Illuka_vallavalitsus, lk 24
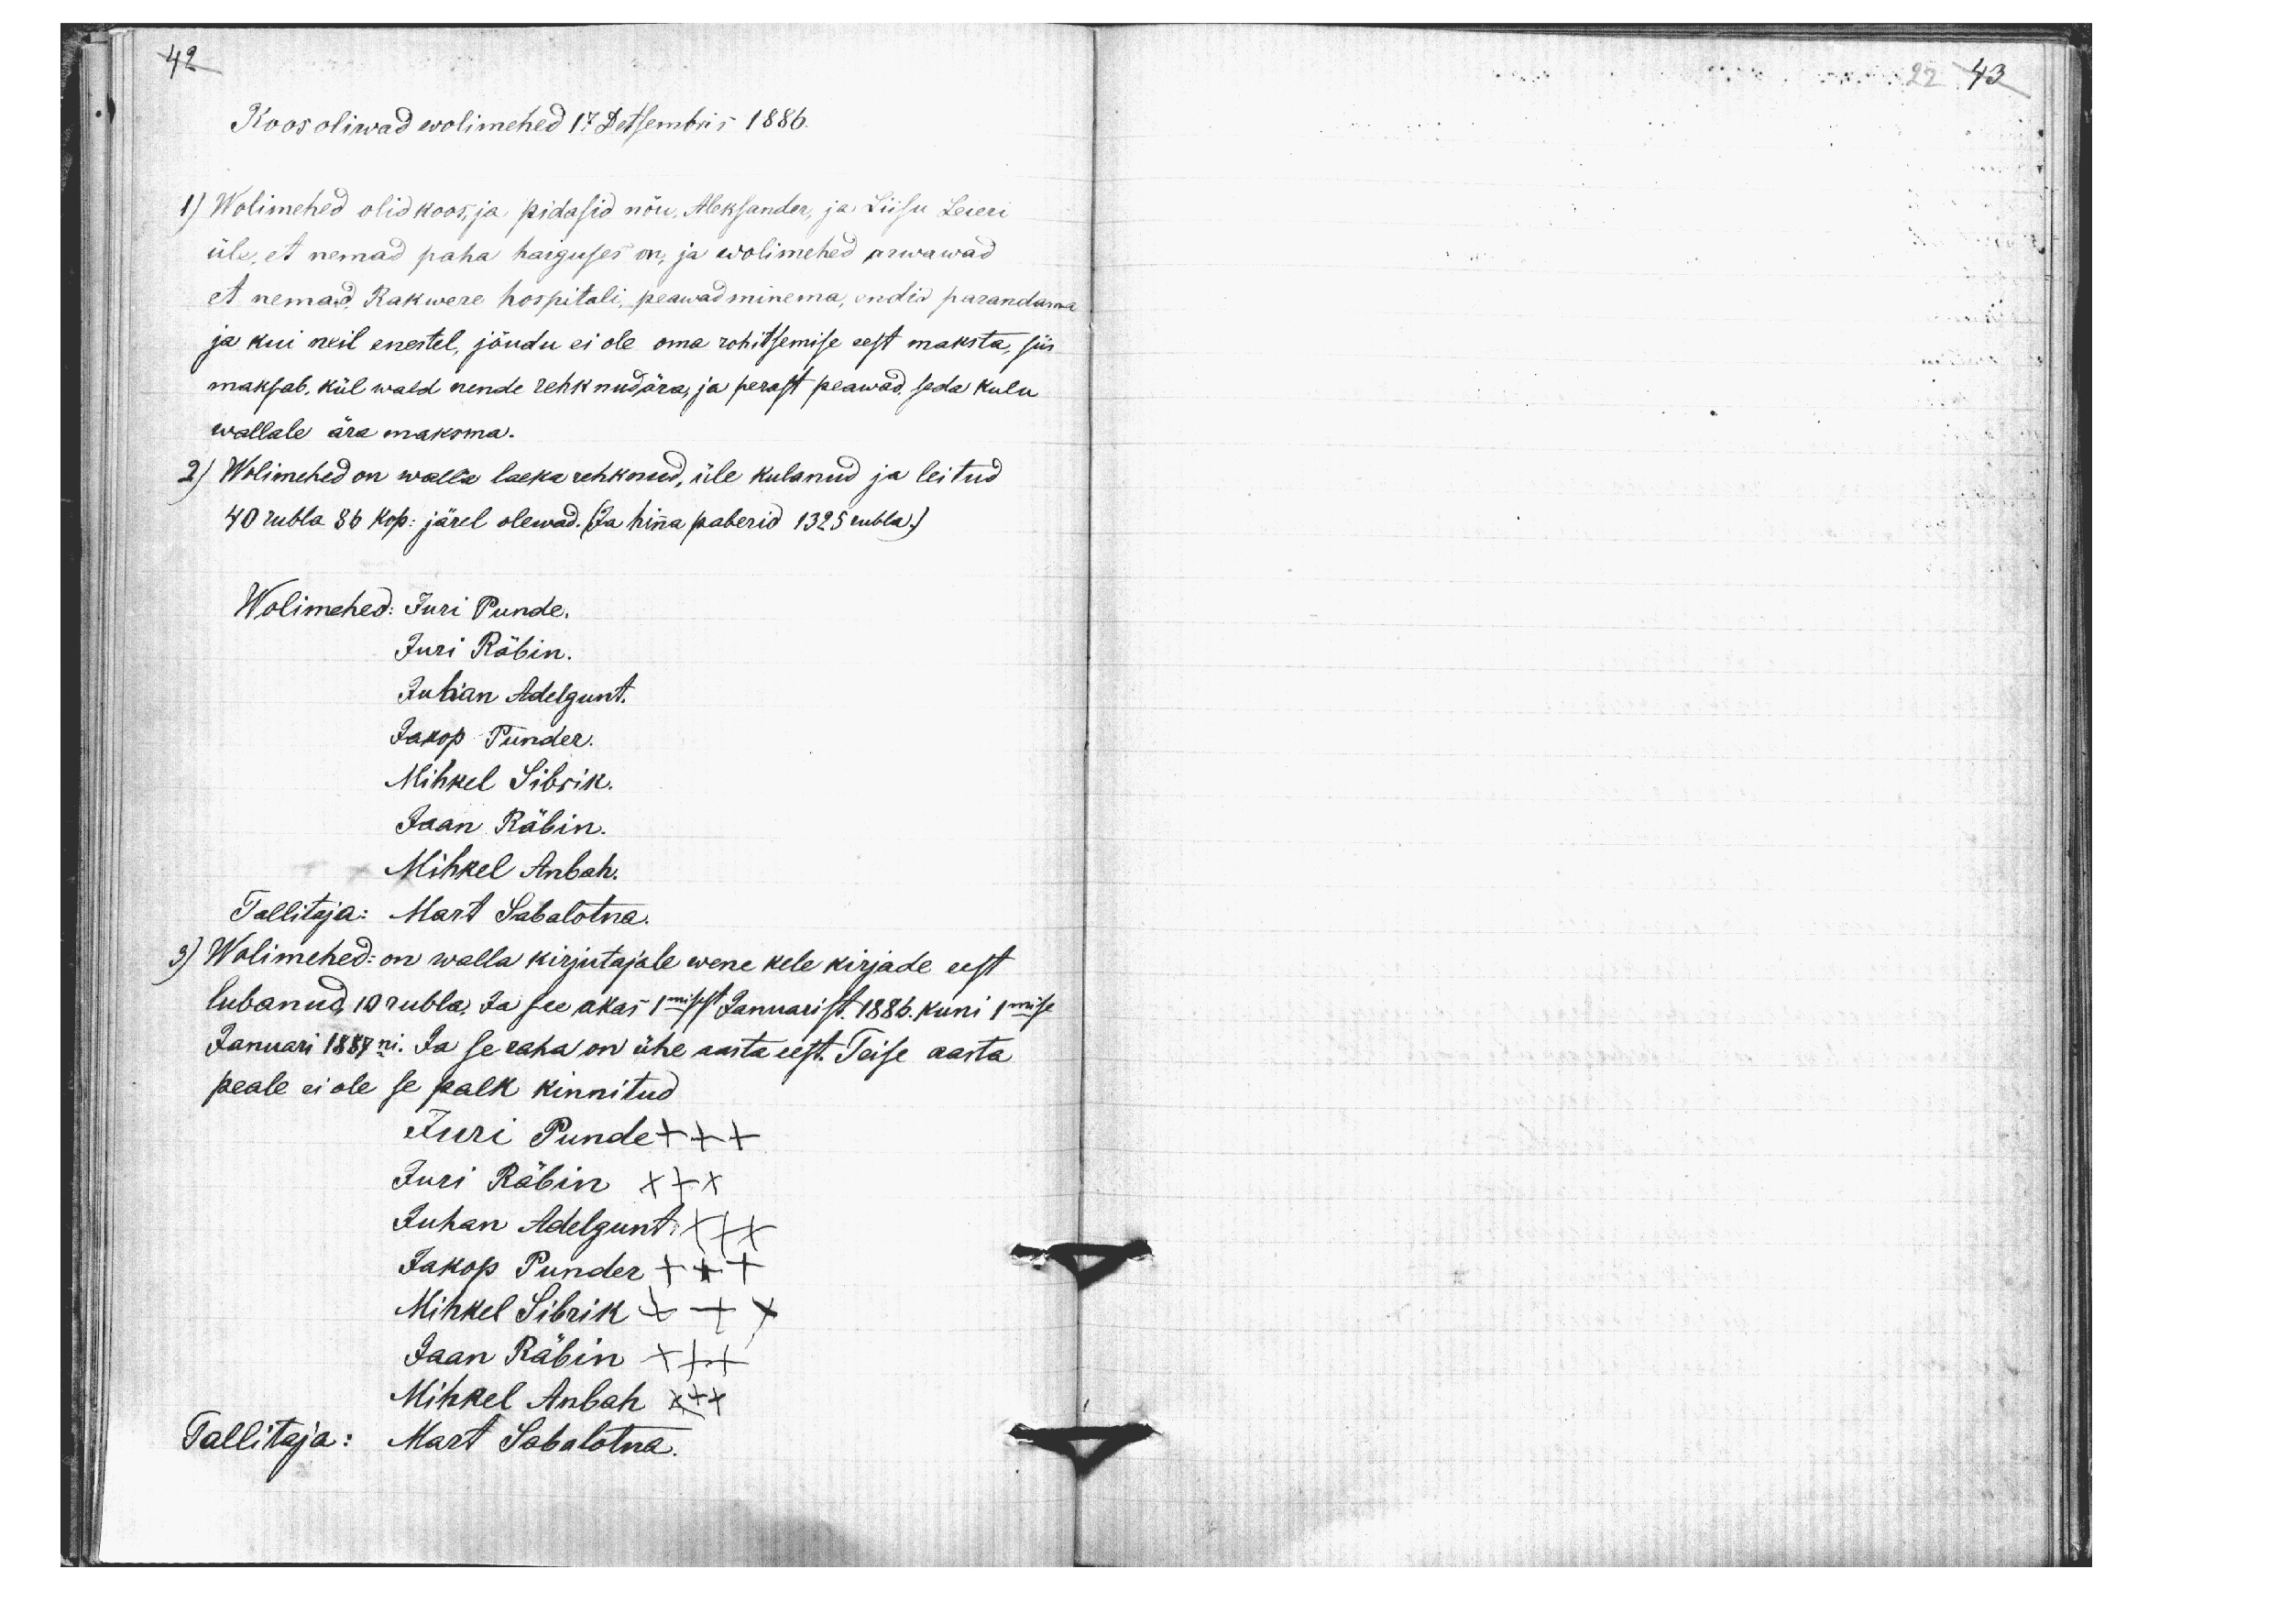
42
Koos oliwad wolimehed 17 Detsembris 1886.
1) Wolimehed olid koos, ja pidasid nõu, Aleksander, ja Liisu Leieri
üle, et nemad paha haiguses on, ja wolimehed arwawad
et nemad Rakwere hospitali, peawad minema, endid parandama
ja kui neil enestel, jõudu ei ole oma rohitsemise eest maksta, siis
maksab, kül wald nende rehknud ära, ja perast peawad, seda kulu
wallale ära maksma.
2) Wolimehed on walla laeka rehknud, üle kulanud ja leitud
40 rubla 86 kop: järel olewad. (Ja hinna paberid 1325 rubla.)
Wolimehed: Juri Punde.
Juri Räbin.
Juhan Adelgunt.
Jakop Punder.
Mihkel Sibrik
Jaan Räbin.
Mihkel Anbah.
Tallitaja: Mart Sabalotna.
3) Wolimehed: on walla kirjutajale wene kele kirjade eest
lubanud, 10 rubla. Ja see akas 1misest Januarist. 1886. kuni 1mise
Januari 1887ni. Ja se raha on ühe aasta eest. Teise aasta
peale ei ole se palk kinnitud
Juri Punde +++
Juri Räbin XXX
Juhan Adelgunt XXX
Jakop Punder +++
Mihkel Sibrik XXX
Jaan Räbin XXX
Mihkel Anbah XXX
Tallitaja: Mart Sabalotna.

22 43